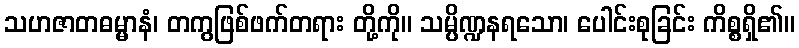
သဟဇာတဓမ္မာနံ၊ တကွဖြစ်ဖက်တရား တို့ကို။ သမ္ပိဏ္ဍနရသော၊ ပေါင်းစုခြင်း ကိစ္စရှိ၏။